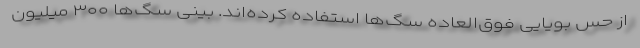
از حس بویایی فوق‌العاده سگ‌ها استفاده کرده‌اند. بینی سگ‌ها ۳۰۰ میلیون